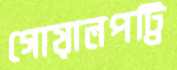
গোয়ালপট্টি